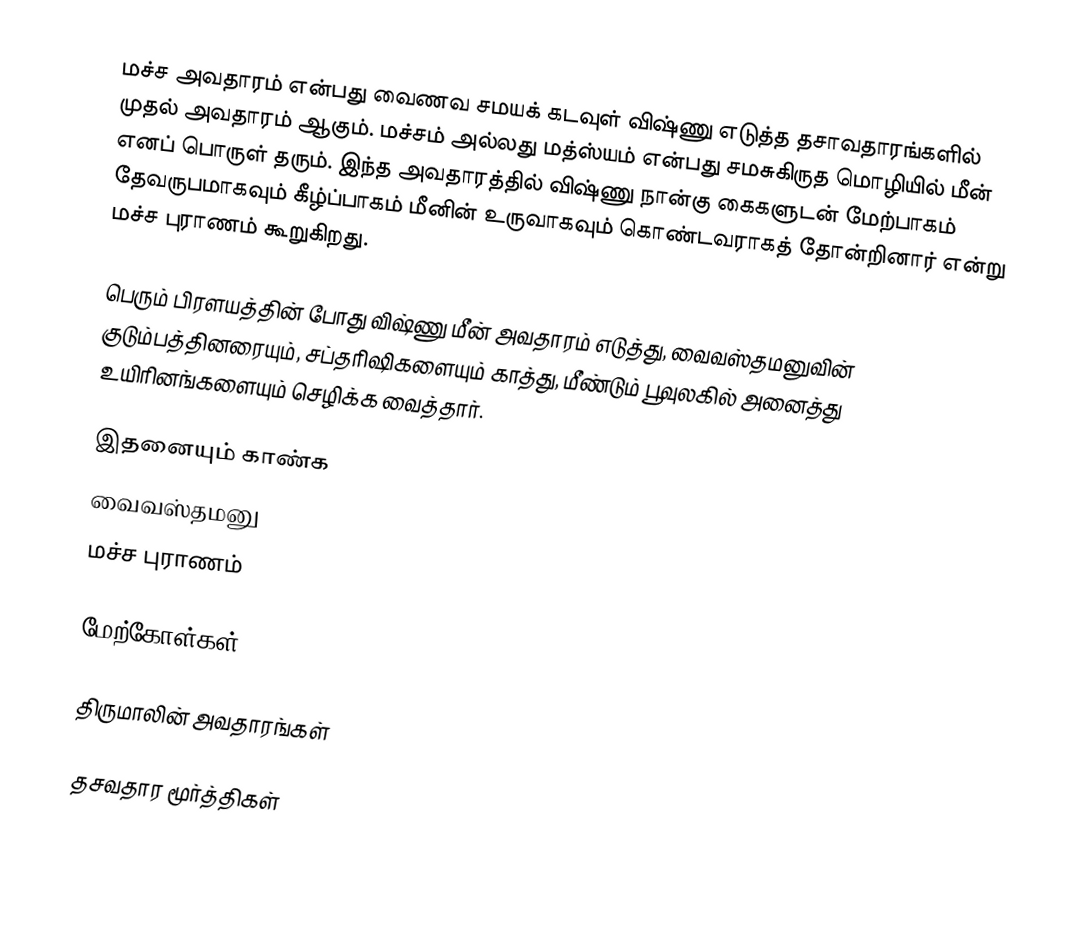
மச்ச அவதாரம் என்பது வைணவ சமயக் கடவுள் விஷ்ணு எடுத்த தசாவதாரங்களில் முதல் அவதாரம் ஆகும். மச்சம் அல்லது மத்ஸ்யம் என்பது சமசுகிருத மொழியில் மீன் எனப் பொருள் தரும். இந்த அவதாரத்தில் விஷ்ணு நான்கு கைகளுடன் மேற்பாகம் தேவருபமாகவும் கீழ்ப்பாகம் மீனின் உருவாகவும் கொண்டவராகத் தோன்றினார் என்று மச்ச புராணம் கூறுகிறது.

பெரும் பிரளயத்தின் போது விஷ்ணு மீன் அவதாரம் எடுத்து, வைவஸ்தமனுவின் குடும்பத்தினரையும், சப்தரிஷிகளையும் காத்து, மீண்டும் பூவுலகில் அனைத்து உயிரினங்களையும் செழிக்க வைத்தார்.

இதனையும் காண்க
 வைவஸ்தமனு
 மச்ச புராணம்

மேற்கோள்கள்

திருமாலின் அவதாரங்கள்

தசவதார மூர்த்திகள்